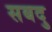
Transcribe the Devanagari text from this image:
सबदु